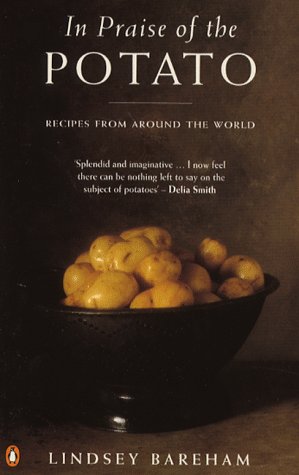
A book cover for In Praise of the Potato; Lindsey Bareham; Cookbooks, Food & Wine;